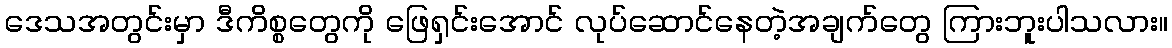
ဒေသအတွင်းမှာ ဒီကိစ္စတွေကို ဖြေရှင်းအောင် လုပ်ဆောင်နေတဲ့အချက်တွေ ကြားဘူးပါသလား။